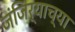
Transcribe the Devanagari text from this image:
जंजिर्याच्या